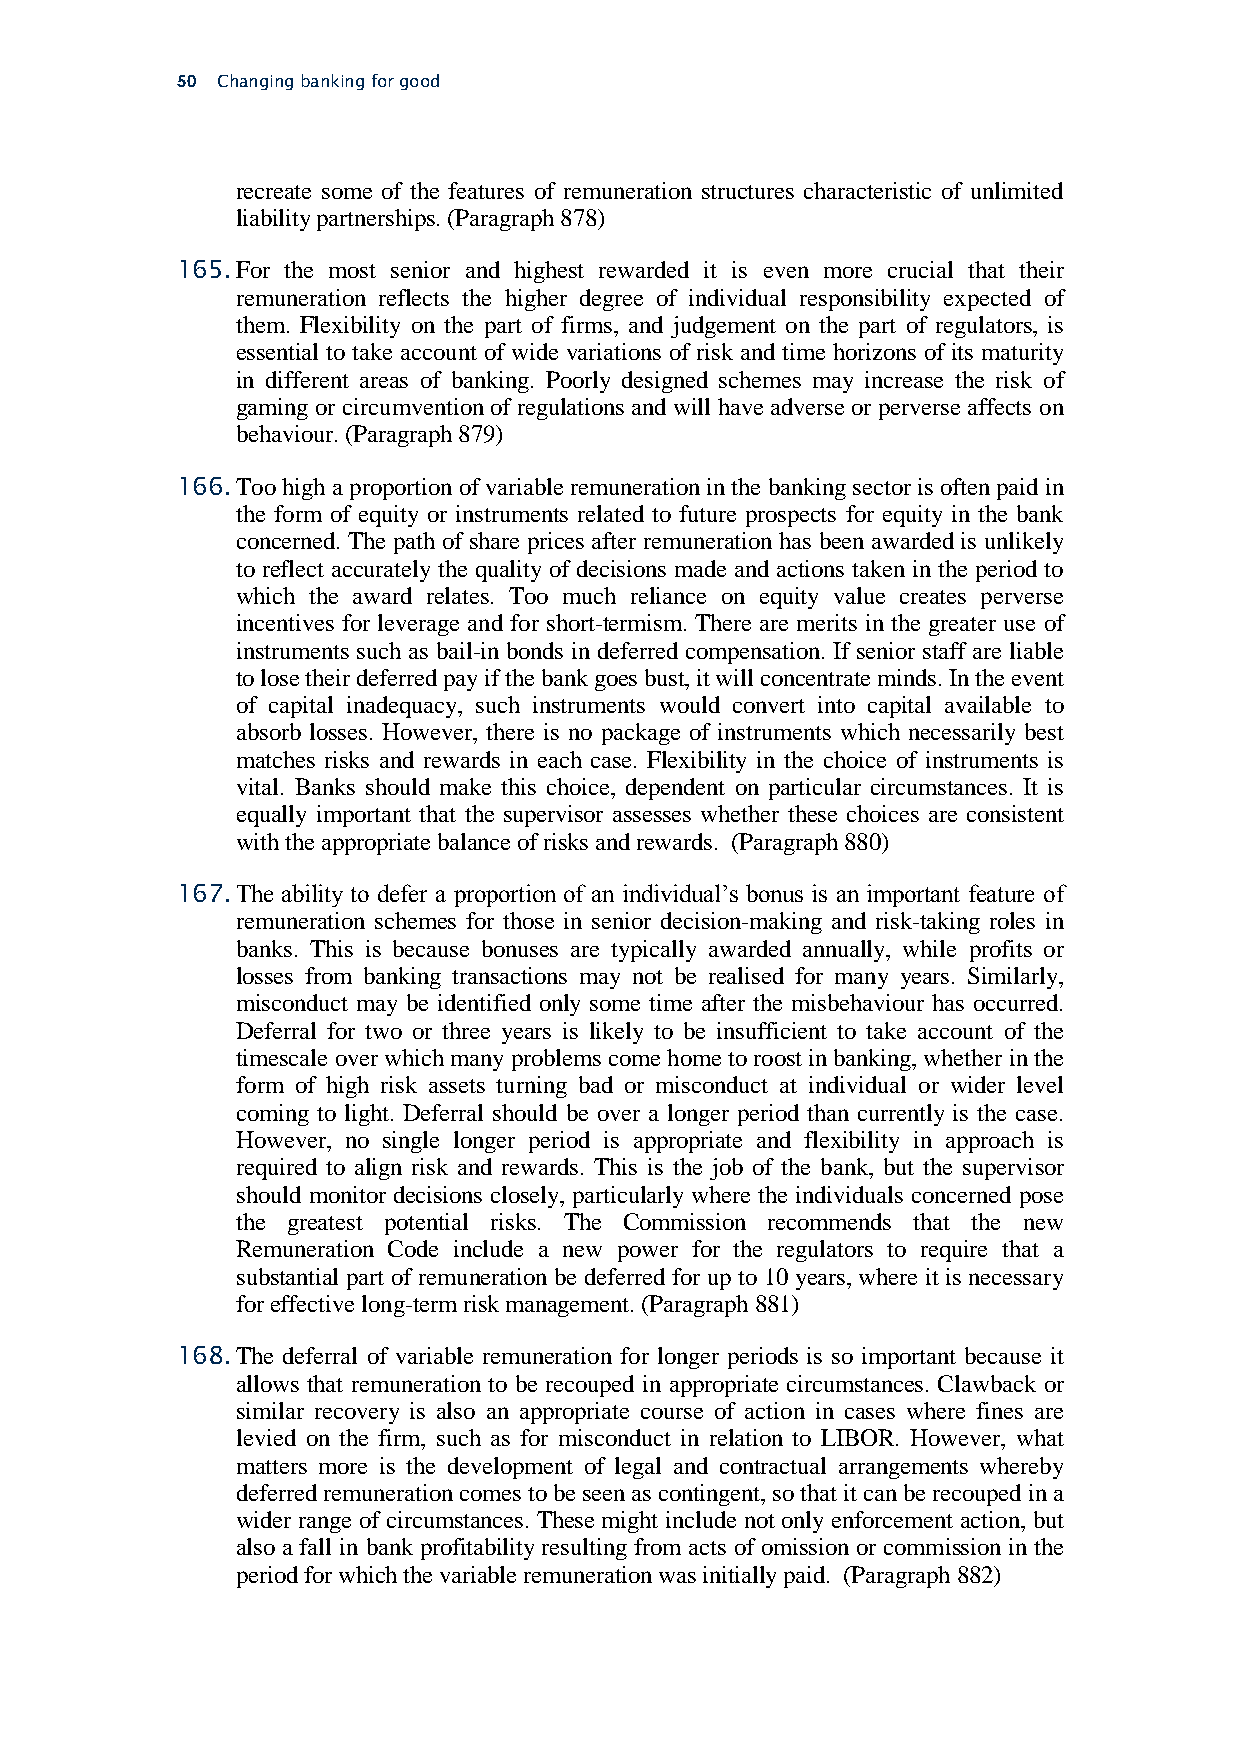
50 Changing banking for good
 recreate some of the features of remuneration structures characteristic of unlimited
 liability partnerships. (Paragraph 878)
 165. For the most senior and highest rewarded it is even more crucial that their
 remuneration reflects the higher degree of individual responsibility expected of
 them. Flexibility on the part of firms, and judgement on the part of regulators, is
 essential to take account of wide variations of risk and time horizons of its maturity
 in different areas of banking. Poorly designed schemes may increase the risk of
 gaming or circumvention of regulations and will have adverse or perverse affects on
 behaviour. (Paragraph 879)
 166. Too high a proportion of variable remuneration in the banking sector is often paid in
 the form of equity or instruments related to future prospects for equity in the bank
 concerned. The path of share prices after remuneration has been awarded is unlikely
 to reflect accurately the quality of decisions made and actions taken in the period to
 which the award relates. Too much reliance on equity value creates perverse
 incentives for leverage and for short-termism. There are merits in the greater use of
 instruments such as bail-in bonds in deferred compensation. If senior staff are liable
 to lose their deferred pay if the bank goes bust, it will concentrate minds. In the event
 of capital inadequacy, such instruments would convert into capital available to
 absorb losses. However, there is no package of instruments which necessarily best
 matches risks and rewards in each case. Flexibility in the choice of instruments is
 vital. Banks should make this choice, dependent on particular circumstances. It is
 equally important that the supervisor assesses whether these choices are consistent
 with the appropriate balance of risks and rewards. (Paragraph 880)
 167. The ability to defer a proportion of an individual’s bonus is an important feature of
 remuneration schemes for those in senior decision-making and risk-taking roles in
 banks. This is because bonuses are typically awarded annually, while profits or
 losses from banking transactions may not be realised for many years. Similarly,
 misconduct may be identified only some time after the misbehaviour has occurred.
 Deferral for two or three years is likely to be insufficient to take account of the
 timescale over which many problems come home to roost in banking, whether in the
 form of high risk assets turning bad or misconduct at individual or wider level
 coming to light. Deferral should be over a longer period than currently is the case.
 However, no single longer period is appropriate and flexibility in approach is
 required to align risk and rewards. This is the job of the bank, but the supervisor
 should monitor decisions closely, particularly where the individuals concerned pose
 the greatest potential risks. The Commission recommends that the new
 Remuneration Code include a new power for the regulators to require that a
 substantial part of remuneration be deferred for up to 10 years, where it is necessary
 for effective long-term risk management. (Paragraph 881)
 168. The deferral of variable remuneration for longer periods is so important because it
 allows that remuneration to be recouped in appropriate circumstances. Clawback or
 similar recovery is also an appropriate course of action in cases where fines are
 levied on the firm, such as for misconduct in relation to LIBOR. However, what
 matters more is the development of legal and contractual arrangements whereby
 deferred remuneration comes to be seen as contingent, so that it can be recouped in a
 wider range of circumstances. These might include not only enforcement action, but
 also a fall in bank profitability resulting from acts of omission or commission in the
 period for which the variable remuneration was initially paid. (Paragraph 882)